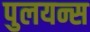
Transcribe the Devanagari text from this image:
पुलयन्स